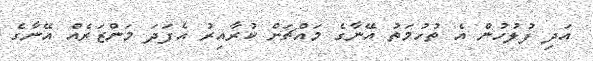
އަދި ފުލުހުން އެ ތުހުމަތު އޭނާގެ މައްޗަށް ކުރާއިރު އެފަދަ މަންޒަރެއް އޭނާގެ